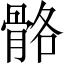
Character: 骼